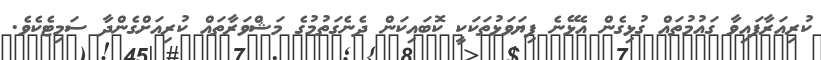
ކުރިއަރާފައިވާ ގައުމުތައް ގުޅިގެން އެޅޭނެ ފިޔަވަޅުތަކަކީ ކޮބައިކަން ދެނެގަތުމުގެ މަޝްވަރާތައް ކުރިއަށްގެންދާ ސަމިޓެކެވެ.